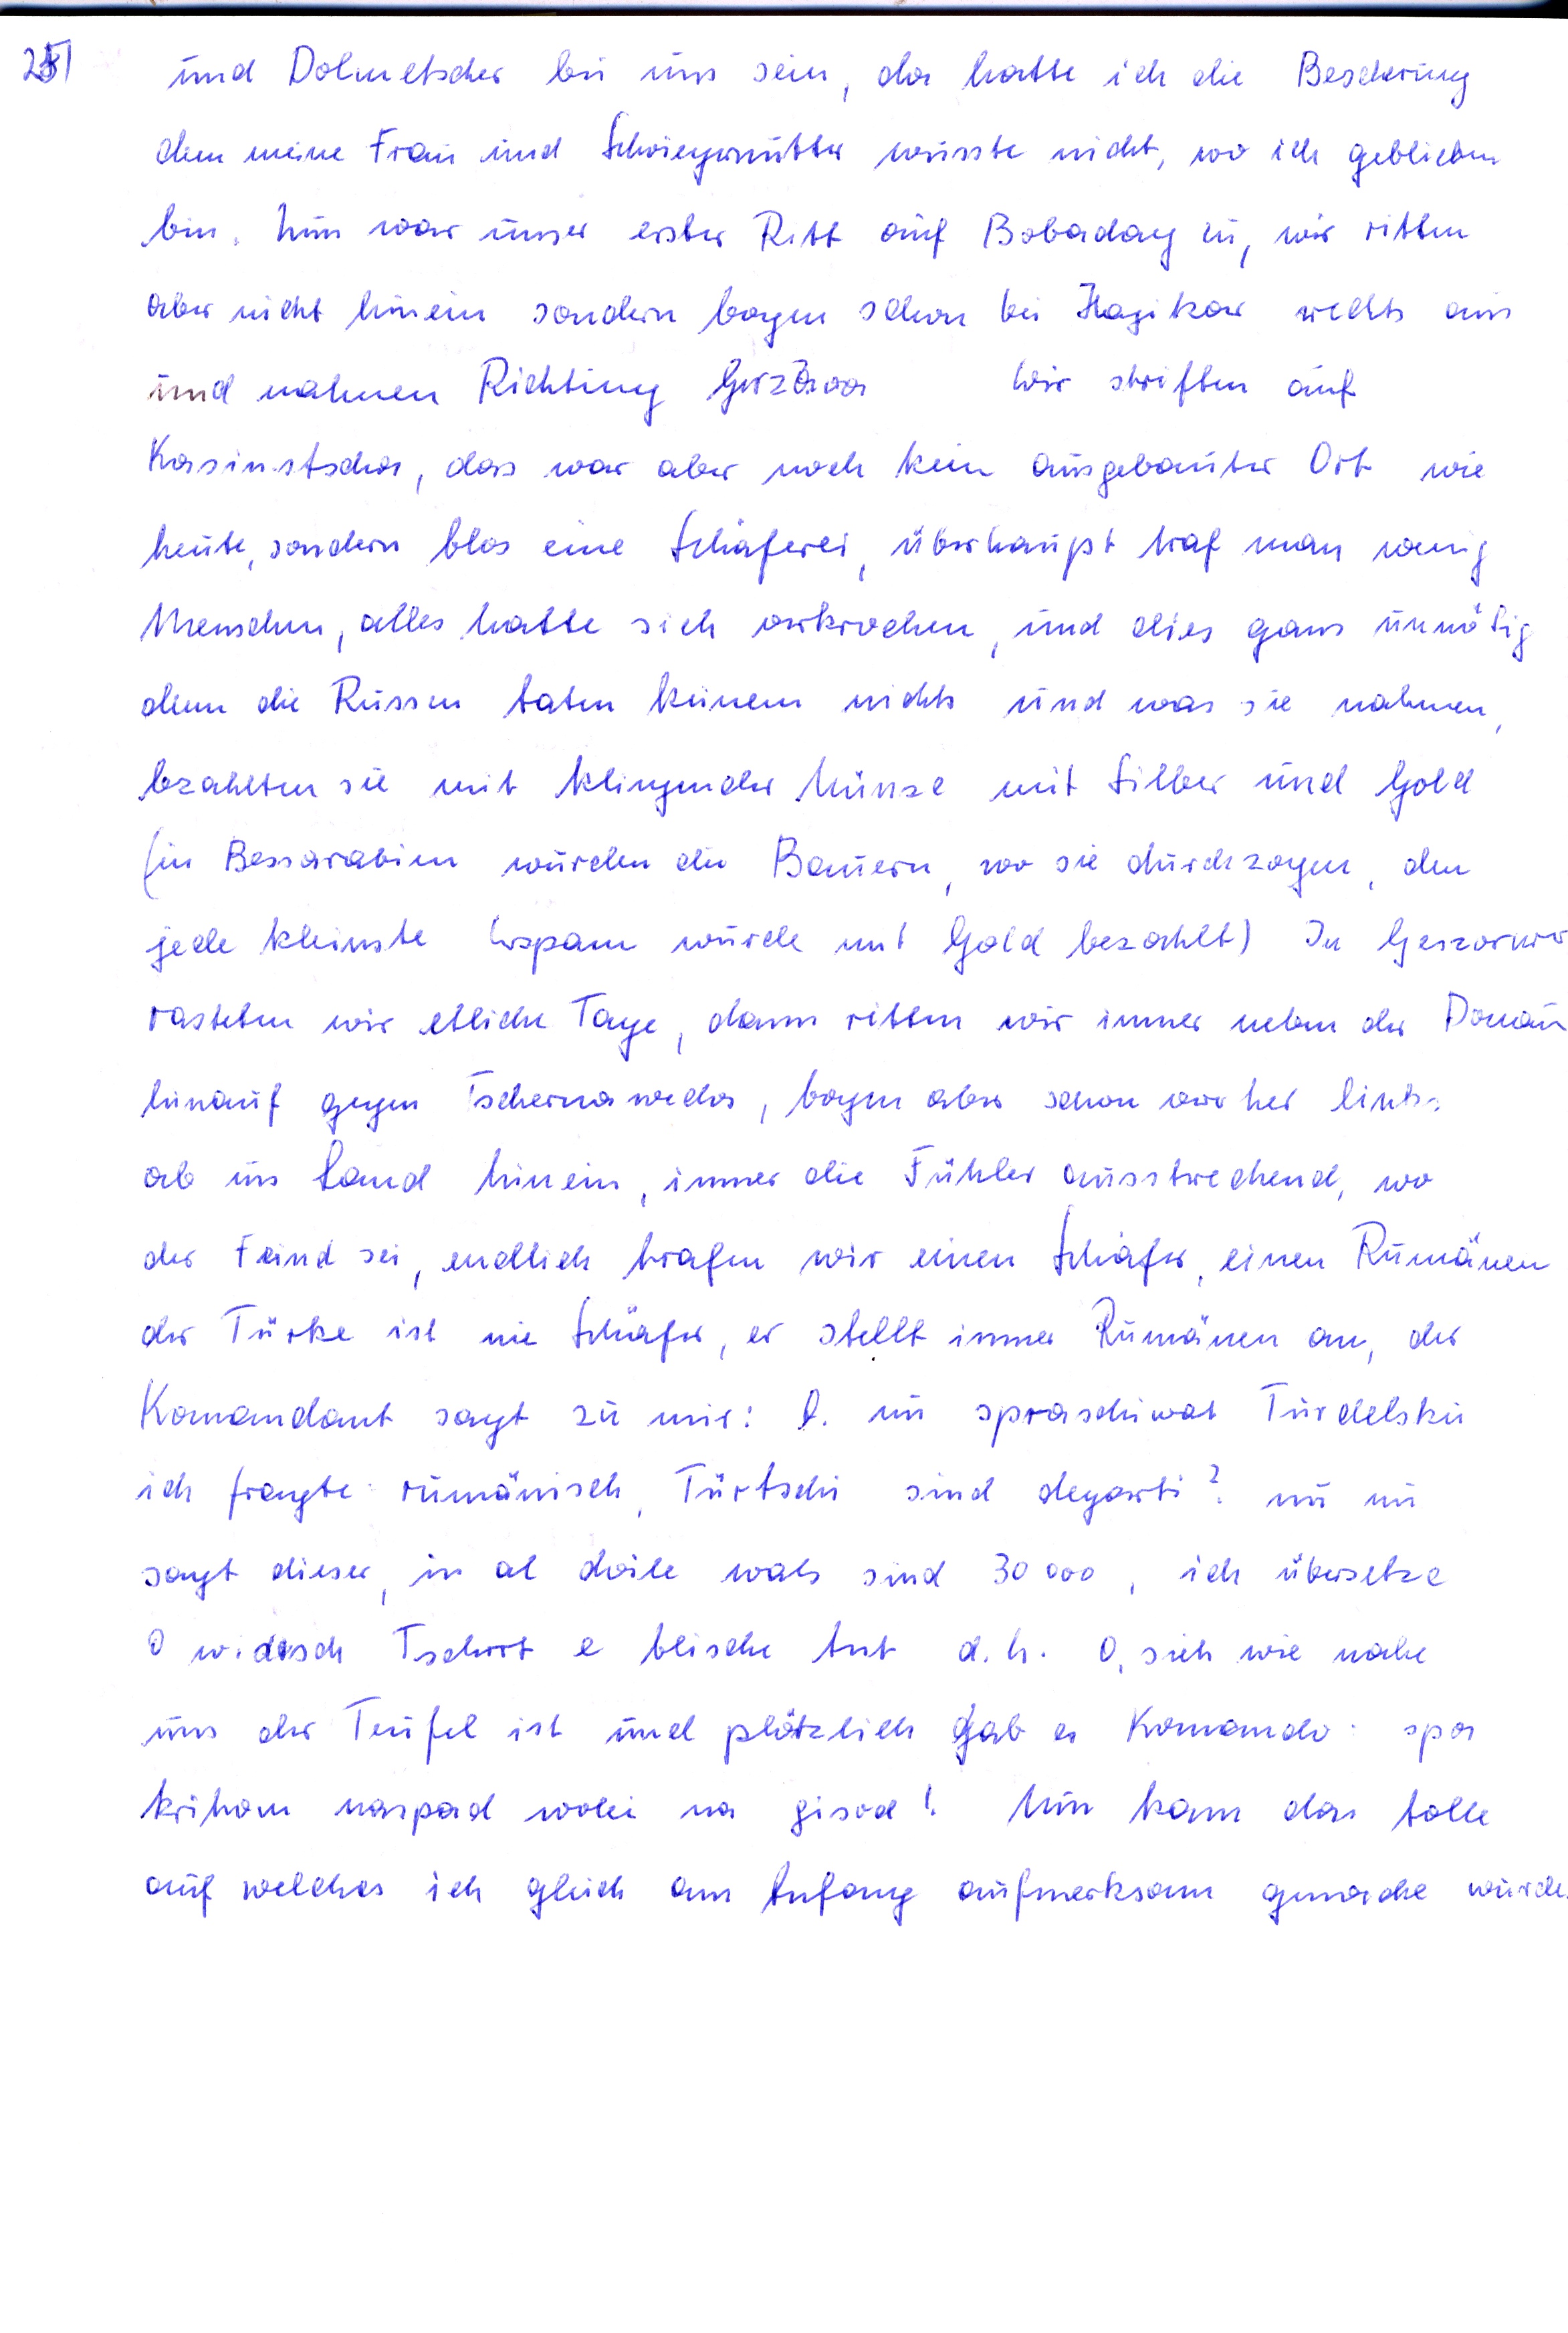
und Dolmetscher bei uns sein, da hatte ich die Bescherung
denn meine Frau und Schwiegermutter wusste nicht wo ich geblieben
bin Nun war unser erster Ritt auf Bobadag zu wir ritten
aber nicht hinein sondern bogen schon bei Hagikar rechts aus
und nahmen Richtueg Hirzva
wir striften auf
Kasimtscha, das war aber noch kein ausgebauter Ort wie
heute sondern blos eine Schäferei überhaupt traf man wenig
Menschen, alles hatte sich verkrochen und dies gans unnötig
denn die Russer taten keinem nichts und was sie nahmen
bzahlten sie mit klingender Münze mit Silber und Gold
(in Bessarabien wurden die Bauern wo sie durchzogen den
jede kleinste Vorspann wurde mit Gold bezahlt) In Hirsowa
rasteten wir etliche Tage, dann ritten wir immer neben der Donau
hinauf gegen Tschernawoda, bogen aber schon vor her links
ab ins Land hinein immer die Fühler ausstrechend, wo
der Feind sei, endlich trafen wir einen Schäfer einen Rumänen
der Türke ist nie Schäfer, er stellt immer Rumänen an, der
Komandant sagt zu mir:  nu spraschiwat Turdelsku
ich fragte Rumänisch Türtschi sind degorti? nu nu
sagt dieser, in al dvile was sind 30 000 ich übersetze
O widesche Tschrrt e blische tut d.h. O, sieh wie nahe
uns der Teufel ist und plötzlich gab er Komando spor
krihom naspad wolei na gisod ! Nun kam das tolle
auf welches ich gleich am Anfang aufmerksam gemache wurde